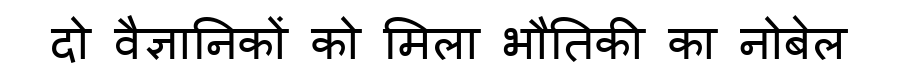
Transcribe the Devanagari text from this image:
दो वैज्ञानिकों को मिला भौतिकी का नोबेल